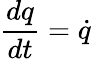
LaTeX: {\frac{dq}{dt}}={\dot{q}}